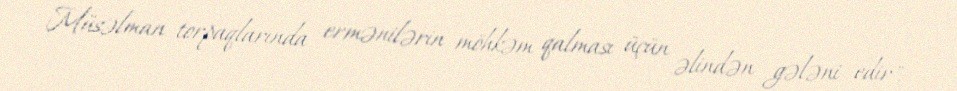
Müsəlman torpaqlarında ermənilərin möhkəm qalması üçün əlindən gələni edir", -